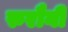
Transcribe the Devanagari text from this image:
रुरौनी